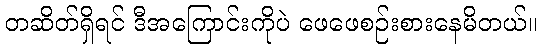
တဆိတ်ရှိရင် ဒီအကြောင်းကိုပဲ ဖေဖေစဉ်းစားနေမိတယ်။